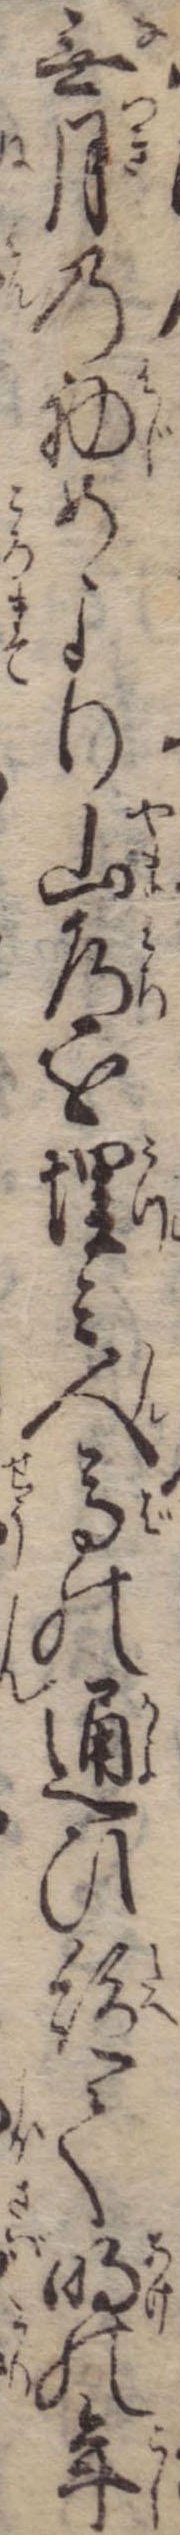
無月の初めより山道を埋み人馬の通ひ絶て明の年